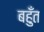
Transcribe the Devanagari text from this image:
बहुँत